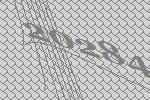
20284